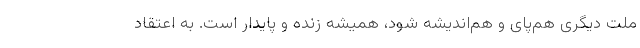
ملت دیگری هم‌پای و هم‌اندیشه شود، همیشه زنده و پایدار است. به اعتقاد